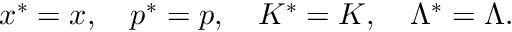
x ^ { * } = x , \quad p ^ { * } = p , \quad K ^ { * } = K , \quad { \mit \Lambda } ^ { * } = { \mit \Lambda } .